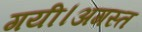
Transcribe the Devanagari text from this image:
गयी।अगस्त